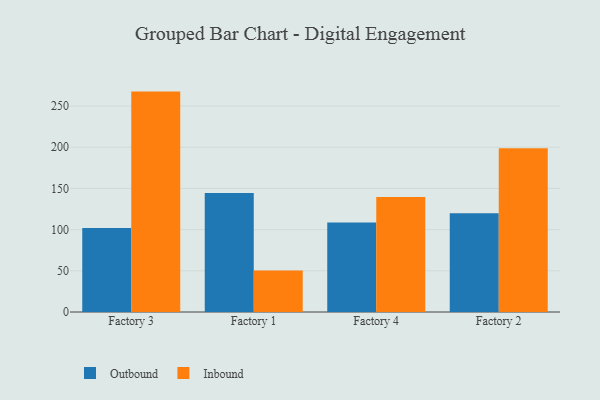
{"axis": {"x": "Factory", "y": "Operating Costs (USD K)"}, "legend": ["Inbound", "Outbound"], "data": [{"x": "Factory 3", "y": 101.8, "type": "Outbound"}, {"x": "Factory 3", "y": 267.5, "type": "Inbound"}, {"x": "Factory 1", "y": 144.5, "type": "Outbound"}, {"x": "Factory 1", "y": 50.5, "type": "Inbound"}, {"x": "Factory 4", "y": 108.5, "type": "Outbound"}, {"x": "Factory 4", "y": 139.7, "type": "Inbound"}, {"x": "Factory 2", "y": 119.9, "type": "Outbound"}, {"x": "Factory 2", "y": 198.7, "type": "Inbound"}]}